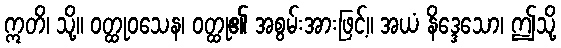
ဣတိ၊ သို့။ ဝတ္ထုဝသေန၊ ဝတ္ထု၏ အစွမ်းအားဖြင့်။ အယံ နိဒ္ဒေသော၊ ဤသို့